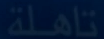
تأهّلة